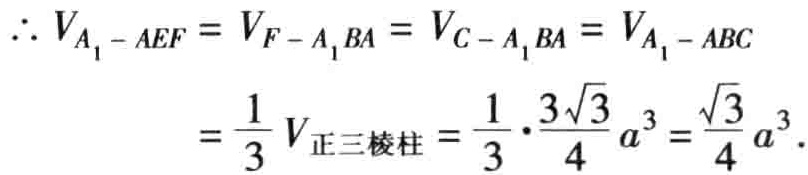
\(\therefore V_{A_1 - AEF} = V_{F - A_1BA} = V_{C - A_1BA} = V_{A_1 - ABC}\)

\(=\frac{1}{3}V_{正三棱柱}=\frac{1}{3}\cdot\frac{3\sqrt{3}}{4}a^3 = \frac{\sqrt{3}}{4}a^3\)